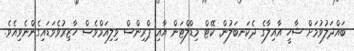
ބައްދަލުވުމަށް ޝާހީ އާއިލާގެ ދެކަނބަލުން